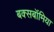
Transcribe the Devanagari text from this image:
बक्सबॉमिया